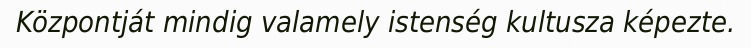
Központját mindig valamely istenség kultusza képezte.